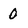
Character: 0